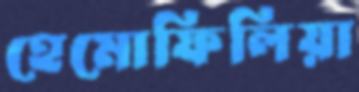
হেমোফিলিয়া